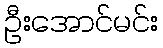
ဦးအောင်မင်း